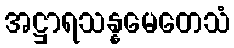
အဋ္ဌာရသန္နမေတေသံ